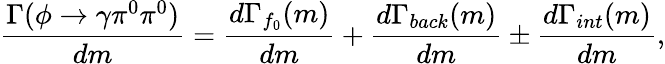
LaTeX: \frac{\Gamma(\phi\to\gamma\pi^{0}\pi^{0})}{dm}=\frac{d\Gamma_{f_{0}}(m)}{dm}+\frac{d\Gamma_{back}(m)}{dm}\pm\frac{d\Gamma_{int}(m)}{dm},